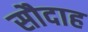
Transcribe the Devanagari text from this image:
सौदाह